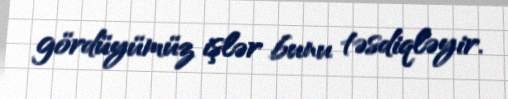
gördüyümüz işlər bunu təsdiqləyir.